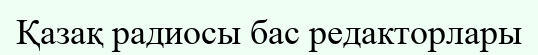
Қазақ радиосы бас редакторлары